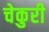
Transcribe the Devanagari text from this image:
चेकुरी